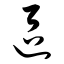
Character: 区